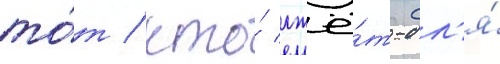
то́т / кто́ лжё́т-дл'я́